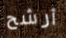
أرشح